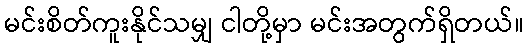
မင်းစိတ်ကူးနိုင်သမျှ ငါတို့မှာ မင်းအတွက်ရှိတယ်။